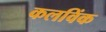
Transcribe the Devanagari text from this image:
कलविंक